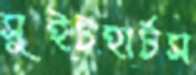
সুইটহার্টস